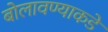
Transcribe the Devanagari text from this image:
बोलावण्याकडे